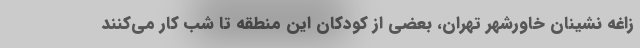
زاغه نشینانِ خاورشهر تهران، بعضی از کودکان این منطقه تا شب کار می‌کنند